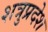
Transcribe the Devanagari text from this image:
शत्रुप्रदेश